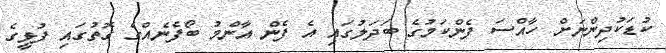
ކުޑަކުދިންނަށް ހާއްސަ ފެންކަމުގެ ބަދަލުގައި އެ ފެން އާންމު ބޯފެނެއްގެ ގޮތުގައި ފުޅީގެ